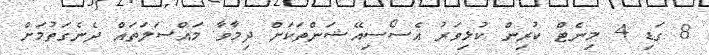
8 ގަޑި 4 މިނެޓް ކުރިން ކުޅިވަރު އެސޯސިއޭޝަންތަކަށް ދިމާވާ މައްސަލަތައް ދެނެގަތުމަށް